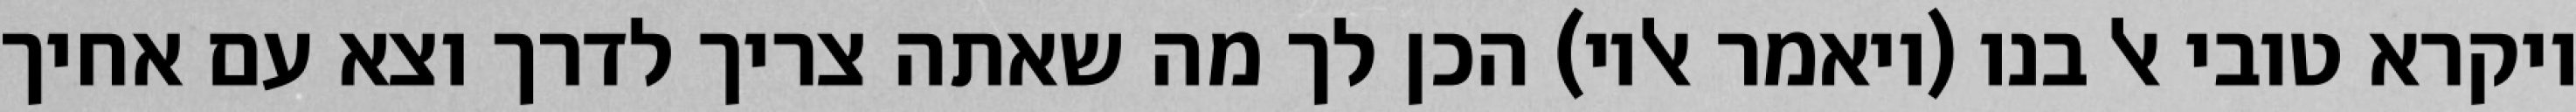
ויקרא טובי אל בנו (ויאמר אליו) הכן לך מה שאתה צריך לדרך וצא עם אחיך